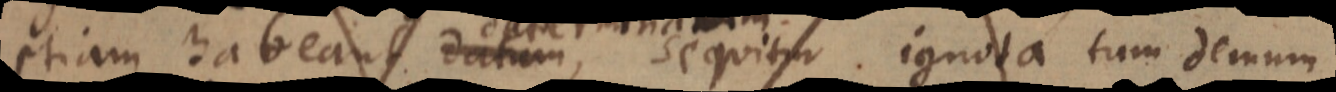
etiam habeant datum, sequitur ignota tum demum